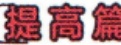
提高篇